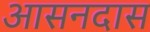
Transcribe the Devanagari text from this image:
आसनदास